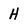
Character: H